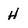
Character: H